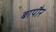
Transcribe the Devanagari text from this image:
बापौर